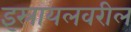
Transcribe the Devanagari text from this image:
इस्रायलवरील